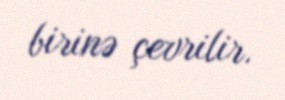
birinə çevrilir.